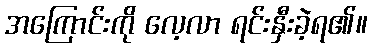
အကြောင်းကို လေ့လာ ရင်းနှီးခဲ့ရ၏။